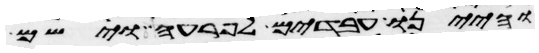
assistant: והיינו עבדים לפרעה וישם